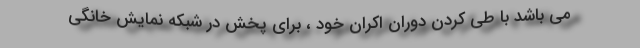
می باشد با طی کردن دوران اکران خود ، برای پخش در شبکه نمایش خانگی